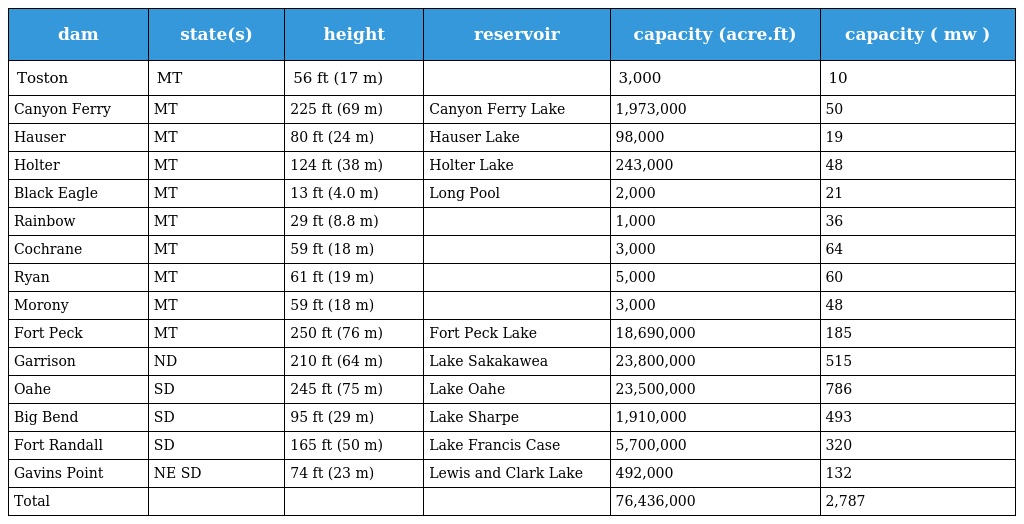
| dam | state(s) | height | reservoir | capacity (acre.ft) | capacity ( mw ) |
 | --- | --- | --- | --- | --- | --- |
 | Toston | MT | 56 ft (17 m) |  | 3,000 | 10 |
 | Canyon Ferry | MT | 225 ft (69 m) | Canyon Ferry Lake | 1,973,000 | 50 |
 | Hauser | MT | 80 ft (24 m) | Hauser Lake | 98,000 | 19 |
 | Holter | MT | 124 ft (38 m) | Holter Lake | 243,000 | 48 |
 | Black Eagle | MT | 13 ft (4.0 m) | Long Pool | 2,000 | 21 |
 | Rainbow | MT | 29 ft (8.8 m) |  | 1,000 | 36 |
 | Cochrane | MT | 59 ft (18 m) |  | 3,000 | 64 |
 | Ryan | MT | 61 ft (19 m) |  | 5,000 | 60 |
 | Morony | MT | 59 ft (18 m) |  | 3,000 | 48 |
 | Fort Peck | MT | 250 ft (76 m) | Fort Peck Lake | 18,690,000 | 185 |
 | Garrison | ND | 210 ft (64 m) | Lake Sakakawea | 23,800,000 | 515 |
 | Oahe | SD | 245 ft (75 m) | Lake Oahe | 23,500,000 | 786 |
 | Big Bend | SD | 95 ft (29 m) | Lake Sharpe | 1,910,000 | 493 |
 | Fort Randall | SD | 165 ft (50 m) | Lake Francis Case | 5,700,000 | 320 |
 | Gavins Point | NE SD | 74 ft (23 m) | Lewis and Clark Lake | 492,000 | 132 |
 | Total |  |  |  | 76,436,000 | 2,787 |